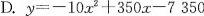
D.$$y=-10x^{2}+350x-7350$$